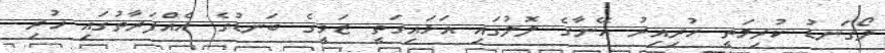
ލޯގަނޑު ކުރިމަތީ ހުރިއިރު އޭނާގެ ލޮލުގައި އަޅައިގަތީ ޒަވީގެ ބަނޑުގެ އެއްފަރާތުގައި ހުރި